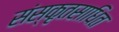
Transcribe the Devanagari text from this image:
संस्कृतसाधित